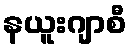
နယူးဂျာစီ